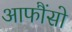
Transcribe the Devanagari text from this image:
आफौंसो